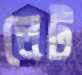
লেট